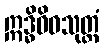
ဣဒ္ဓိဝိဓသုတ္တံ